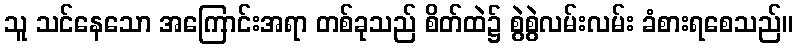
သူ သင်နေသော အကြောင်းအရာ တစ်ခုသည် စိတ်ထဲ၌ စွဲစွဲလမ်းလမ်း ခံစားရစေသည်။